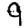
Digit: 9